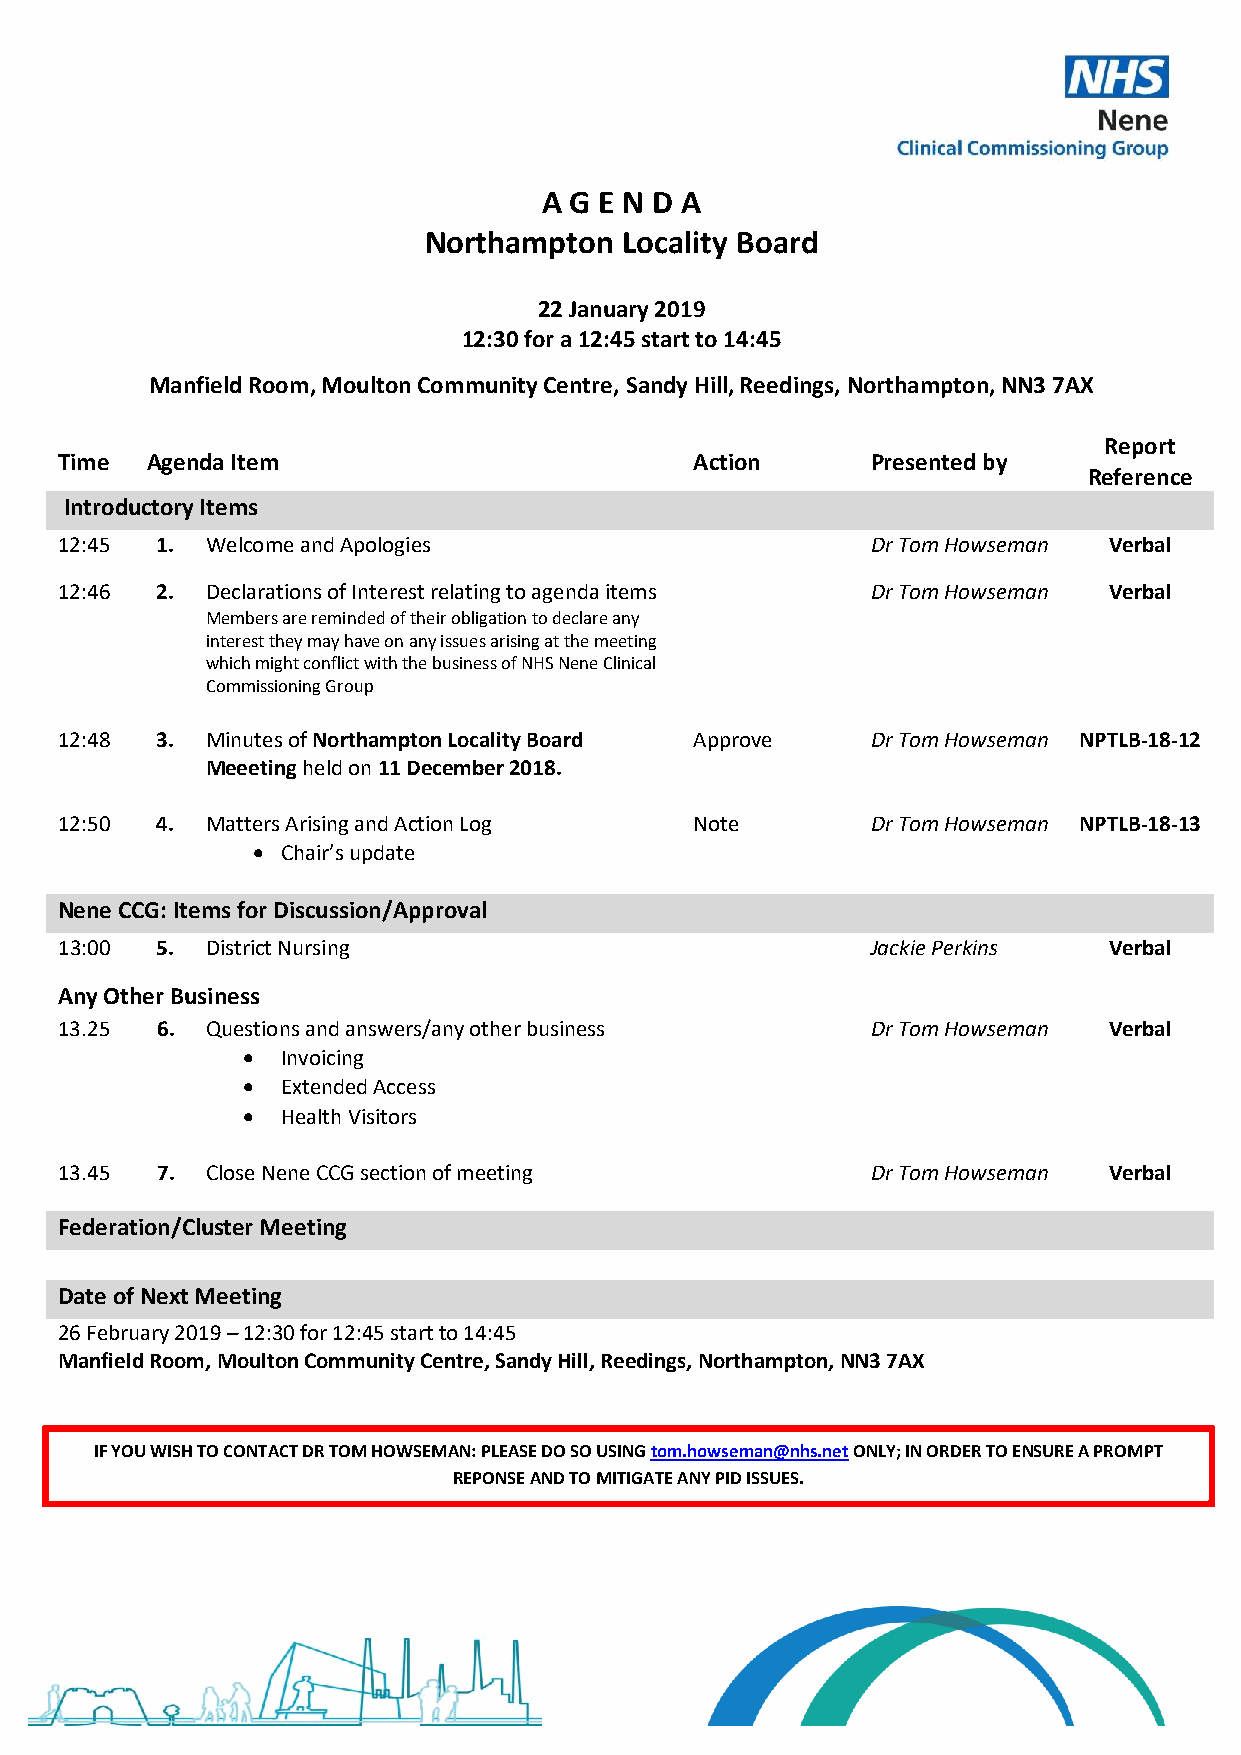
A G E N D A
 Northampton  Locality Board
 22 January 2019
 12:30 for a 12:45 start to 14:45
 Manfield Room, Moulton Community Centre, Sandy Hill, Reedings, Northampton, NN3 7AX
 Report
 Time  Agenda Item                         Action      Presented by
 Reference
 Introductory Items
 12:45 1.  Welcome and Apologies                       Dr Tom Howseman Verbal
 12:46 2.  Declarations of Interest relating to agenda items Dr Tom Howseman Verbal
 Members are reminded of their obligation to declare any
 interest they may have on any issues arising at the meeting
 which might conflict with the business of NHS Nene Clinical
 Commissioning Group
 12:48 3.  Minutes of Northampton Locality Board Approve Dr Tom Howseman NPTLB-18-12
 Meeeting held on 11 December 2018.
 12:50 4.  Matters Arising and Action Log  Note        Dr Tom Howseman NPTLB-18-13
  Chair’s update
 Nene CCG: Items for Discussion/Approval
 13:00 5.  District Nursing                            Jackie Perkins Verbal
 Any Other Business
 13.25 6.  Questions and answers/any other business    Dr Tom Howseman Verbal
   Invoicing
   Extended Access
   Health Visitors
 13.45 7.  Close Nene CCG section of meeting           Dr Tom Howseman Verbal
 Federation/Cluster Meeting
 Date of Next Meeting
 26 February 2019 – 12:30 for 12:45 start to 14:45
 Manfield Room, Moulton Community Centre, Sandy Hill, Reedings, Northampton, NN3 7AX
 IF YOU WISH TO CONTACT DR TOM HOWSEMAN: PLEASE DO SO USING tom.howseman@nhs.net ONLY; IN ORDER TO ENSURE A PROMPT
 REPONSE AND TO MITIGATE ANY PID ISSUES.